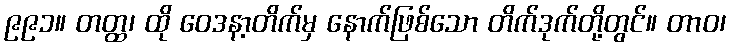
၉၉၁။ တတ္ထ၊ ထို ဝေဒနာ့တိက်မှ နောက်ဖြစ်သော တိက်ဒုက်တို့တွင်။ တာဝ၊